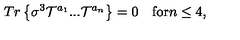
T r \left\{ \sigma ^ { 3 } { \cal T } ^ { a _ { 1 } } . . . { \cal T } ^ { a _ { n } } \right\} = 0 \quad \mathrm { f o r } n \leq 4 ,